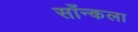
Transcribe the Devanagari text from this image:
साँन्कला